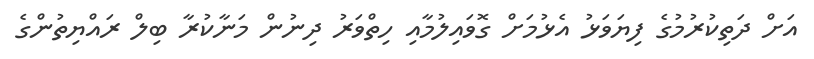
އަށް ދަތިކުރުމުގެ ފިޔަވަޅު އެޅުމަށް ގޮވައިލުމާއި ހިތްވަރު ދިނުން މަނާކުރާ ބިލް ރައްޔިތުންގެ